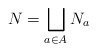
\begin{align*}N = \bigsqcup_{a \in A} N_a\end{align*}